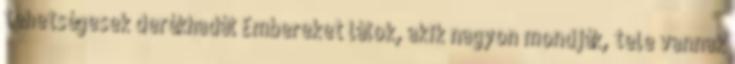
tehetségesek derékhadát Embereket látok, akik nagyon mondják, tele vannak